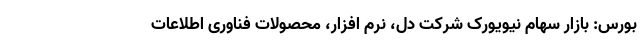
بورس: بازار سهام نیویورک شرکت دل، نرم افزار، محصولات فناوری اطلاعات